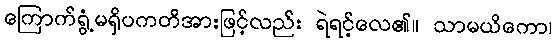
ကြောက်ရွံ့မရှိပကတိအားဖြင့်လည်း ရဲရင့်လေ၏။ သာမယိကော၊